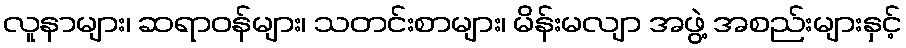
လူနာများ၊ ဆရာဝန်များ၊ သတင်းစာများ၊ မိန်းမလျာ အဖွဲ့ အစည်းများနှင့်